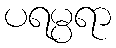
ပရမ္ပရာ